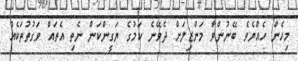
މިހެން ހެއްޔެވެ ބޭނުންވާ މަންޒިލަށް ދެވޭނެ ކަމުގެ ޔަގީންކަން ނެތި އެތައް ވަގުތުތަކެއް